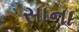
સાના